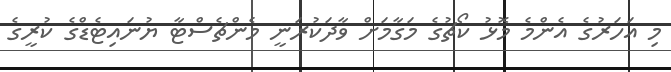
މި އަހަރުގެ އެންމެ މޮޅު ކޯޗުގެ މަގާމަށް ވާދަކުރަނީ މެންޗެސްޓާ ޔުނައިޓެޑްގެ ކުރީގެ